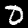
Digit: 0